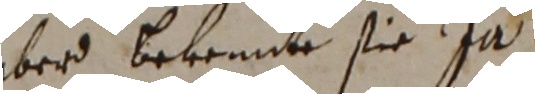
aber bekennte sie Ja.